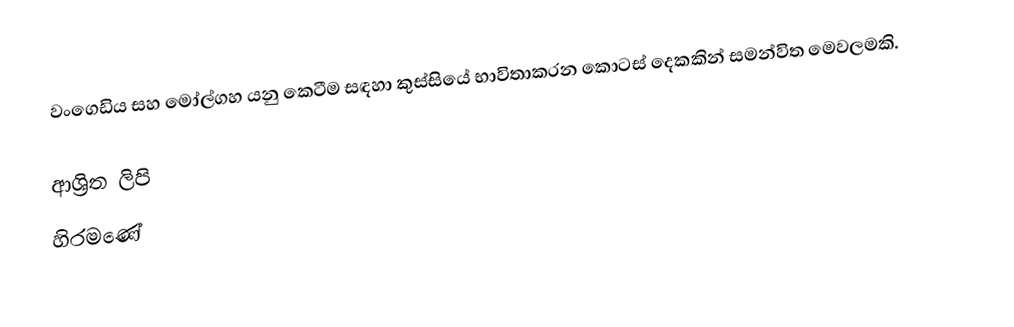
වංගෙඩිය සහ මෝල්ගහ යනු කෙටීම සඳහා කුස්සියේ භාවිතාකරන කොටස් දෙකකින් සමන්විත මෙවලමකි.

ආශ්‍රිත ලිපි
 හිරමණේ